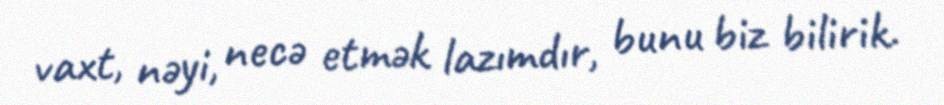
vaxt, nəyi, necə etmək lazımdır, bunu biz bilirik.